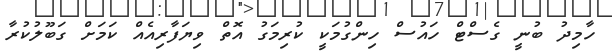
ހާމިދު ބުނީ ގެސްޓް ހައުސް ހިންގުމަކީ ކުރިމަގު އޮތް ވިޔަފާރިއެއް ކަމަށް ގަބޫލުކުރާ